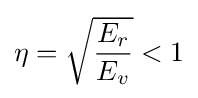
\eta ={\sqrt {\frac {E_{r}}{E_{v}}}}<1